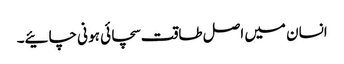
انسان میں اصل طاقت سچائی ہو نی چائیے۔